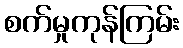
စက်မှုကုန်ကြမ်း